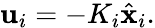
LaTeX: \mathbf{u}_{i}=-K_{i}{\hat{\mathbf{x}}}_{i}.